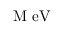
\ensuremath { \mathrm { ~ \textrm ~ { ~ \, ~ } ~ } } \ensuremath { \mathrm { \mathrm { M } \ e V } }